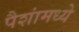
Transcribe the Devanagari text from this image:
पैशांमध्ये